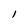
Character: l